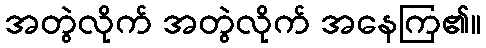
အတွဲလိုက် အတွဲလိုက် အနေကြ၏။